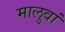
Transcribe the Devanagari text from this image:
मालुवां